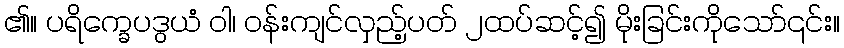
၏။ ပရိက္ခေပဒွယံ ဝါ၊ ဝန်းကျင်လှည့်ပတ် ၂ထပ်ဆင့်၍ မိုးခြင်းကိုသော်၎င်း။